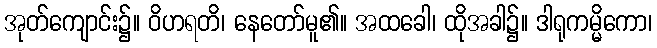
အုတ်ကျောင်း၌။ ဝိဟရတိ၊ နေတော်မူ၏။ အထခေါ၊ ထိုအခါ၌။ ဒါရုကမ္မိကော၊